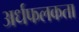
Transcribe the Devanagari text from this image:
अर्धफलकता